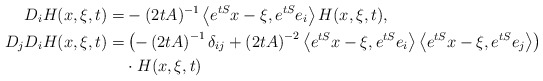
\begin{align*} D_i H(x,\xi,t) =& -(2 t A)^{-1}\left\langle e^{tS}x-\xi,e^{tS}e_i\right\rangle H(x,\xi,t), \\ D_j D_i H(x,\xi,t) =& \left(-\left(2 t A\right)^{-1}\delta_{ij}+\left(2 t A\right)^{-2}\left\langle e^{tS}x-\xi,e^{tS}e_i\right\rangle\left\langle e^{tS}x-\xi,e^{tS}e_j\right\rangle\right) \\ & \cdot H(x,\xi,t)\end{align*}